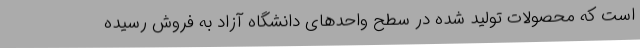
است که محصولات تولید شده در سطح واحدهای دانشگاه آزاد به فروش رسیده